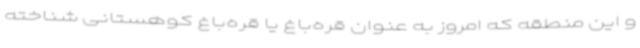
و این منطقه که امروز به عنوان قره‌باغ یا قره‌باغ کوهستانی شناخته